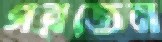
গরজেন